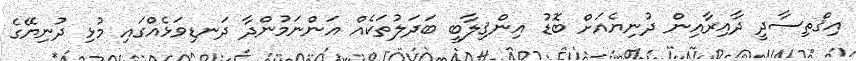
އިޤްތިސާދީ ދާއިރާއިން ދުނިޔެއަށް ބޮޑު އިންޤިލާބީ ބަދަލުތަކެއް އަންނަމުންދާ ދަނޑިވަޅެއްގައި މުޅި ދުނިޔޭގެ